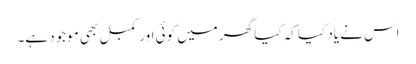
اس نے یاد کیا کہ کیا گھر میں کوئی اور کمبل بھی موجود ہے۔